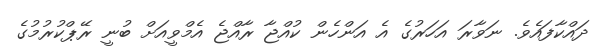
ދައްކާފައެވެ. ނަވާރަ އަހަރުގެ އެ އަންހެން ކުއްޖާ ރާއްޖެ އެމްވީއަށް ބުނީ ރޭޕްކުރުމުގެ